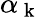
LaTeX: \alpha_{\mathrm{~k~}}